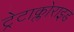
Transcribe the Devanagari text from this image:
ट्रेटाक्लोराइड